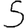
Digit: 5